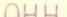
OHH